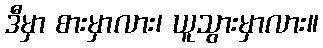
ဒီမှာ စားမှာလား၊ ယူသွားမှာလား။